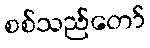
စစ်သည်တော်